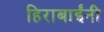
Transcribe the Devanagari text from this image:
हिराबाईंनी